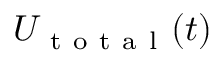
U _ { \mathrm { ~ t ~ o ~ t ~ a ~ l ~ } } ( t )